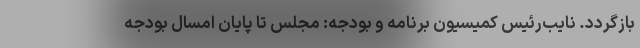
بازگردد. نایب‌رئیس کمیسیون برنامه و بودجه: مجلس تا پایان امسال بودجه